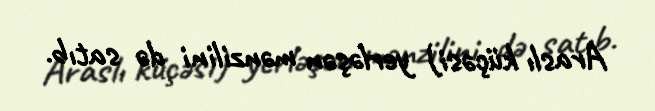
Araslı küçəsi) yerləşən mənzilini də satıb.